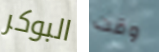
البوكر وقت